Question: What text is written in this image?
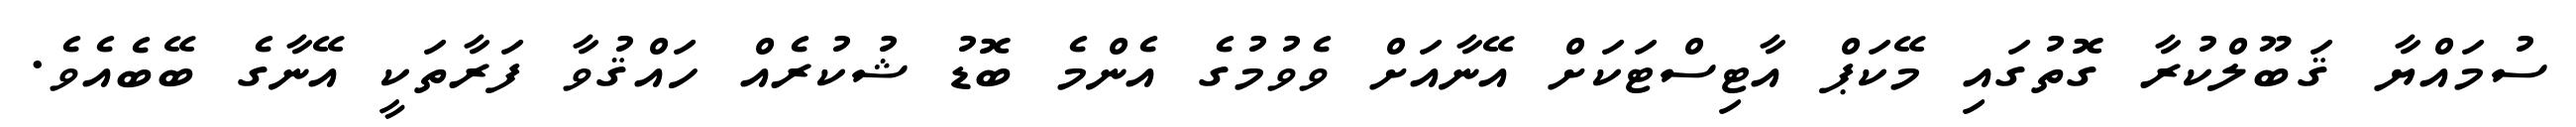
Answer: ސުމައްޔާ ޤަބޫލްކުރާ ގޮތުގައި މޭކަޕް އާޓިސްޓަކަށް އޭނާއަށް ވެވުމުގެ އެންމެ ބޮޑު ޝުކުރެއް ހައްޤުވާ ފަރާތަކީ އޭނާގެ ބޭބެއެވެ.